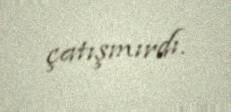
çatışmırdı.